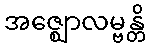
အဇ္ဈောလမ္ဗန္တိ